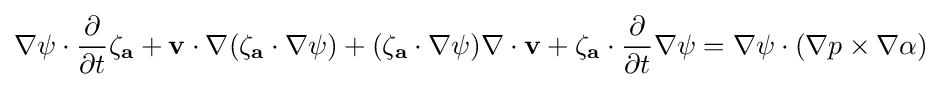
\nabla \psi \cdot {\frac {\partial }{\partial t}}\mathbf {\zeta _{a}} +\mathbf {v} \cdot \nabla (\mathbf {\zeta _{a}} \cdot \nabla \psi )+(\mathbf {\zeta _{a}} \cdot \nabla \psi )\nabla \cdot \mathbf {v} +\mathbf {\zeta _{a}} \cdot {\frac {\partial }{\partial t}}\nabla \psi =\nabla \psi \cdot (\nabla p\times \nabla \alpha )